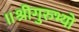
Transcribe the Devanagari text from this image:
॥श्रीगुरुभ्यो